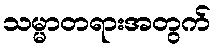
သမ္မာတရားအတွက်